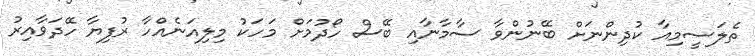
ތެލަސީމިއާ ކުދިންނަށް ބޭނުންވާ ސާމާނާއި ބޭސް ހޯދުމަށް މަހަކު މިލިއަނެއްހާ ރުފިޔާ ހޭދަވާއިރު